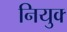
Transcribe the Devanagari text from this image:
नियुक्‍